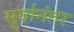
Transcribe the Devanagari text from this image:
सूर्यानंतर